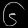
Digit: ၆